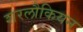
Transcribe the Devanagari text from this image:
शरलौकियन